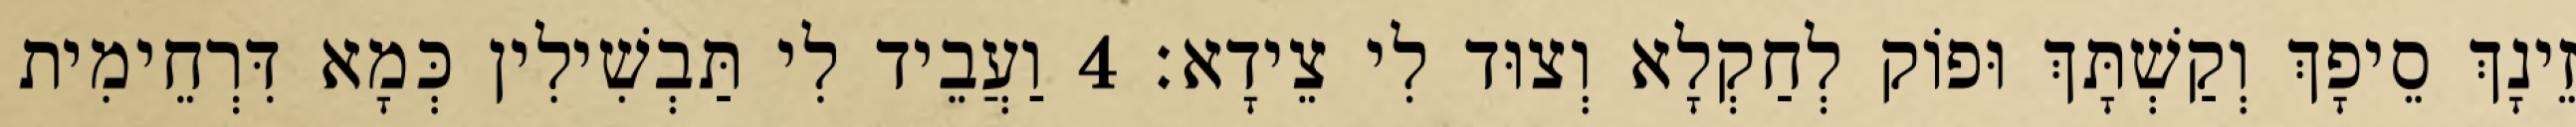
זֵינָךְ סֵיפָךְ וְקַשְׁתָּךְ וּפוֹק לְחַקְלָא וְצוּד לִי צֵידָא׃ 4 וַעֲבֵיד לִי תַּבְשִׁילִין כְּמָא דִּרְחֵימִית